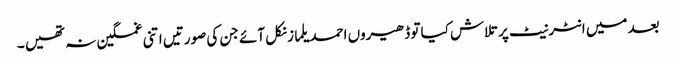
بعد میں انٹرنیٹ پر تلاش کیا تو ڈھیروں احمد یلماز نکل آئے جن کی صورتیں اتنی غمگین نہ تھیں ۔